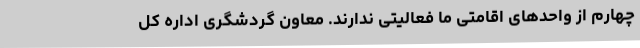
چهارم از واحدهای اقامتی ما فعالیتی ندارند. معاون گردشگری اداره کل